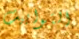
التوابيت